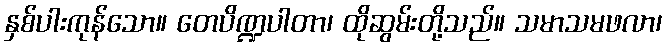
နှစ်ပါးကုန်သော။ တေပိဏ္ဍပါတာ၊ ထိုဆွမ်းတို့သည်။ သမာသမဖလာ၊